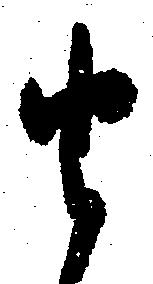
由